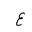
Letter: _ayn